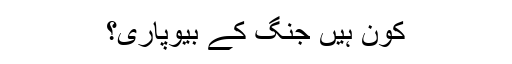
کون ہیں جنگ کے بیوپاری؟